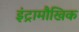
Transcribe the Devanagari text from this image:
इंट्रामौखिक